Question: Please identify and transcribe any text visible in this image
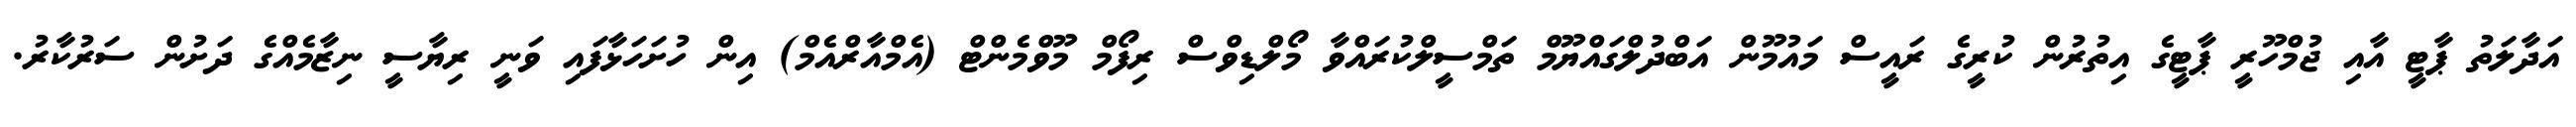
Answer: އަދާލަތު ޕާޓީ އާއި ޖުމްހޫރީ ޕާޓީގެ އިތުރުން ކުރީގެ ރައީސް މައުމޫން އަބްދުލްގައްޔޫމް ތަމްސީލްކުރައްވާ މޯލްޑިވްސް ރިފޯމް މޫވްމެންޓް (އެމްއާރްއެމް) އިން ހުށަހަޅާފައި ވަނީ ރިޔާސީ ނިޒާމެއްގެ ދަށުން ސަރުކާރު.